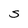
Character: S